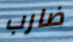
ضارب